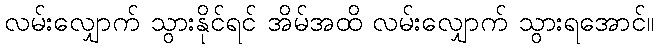
လမ်းလျှောက် သွားနိုင်ရင် အိမ်အထိ လမ်းလျှောက် သွားရအောင်။